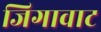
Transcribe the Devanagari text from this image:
जिगावाट